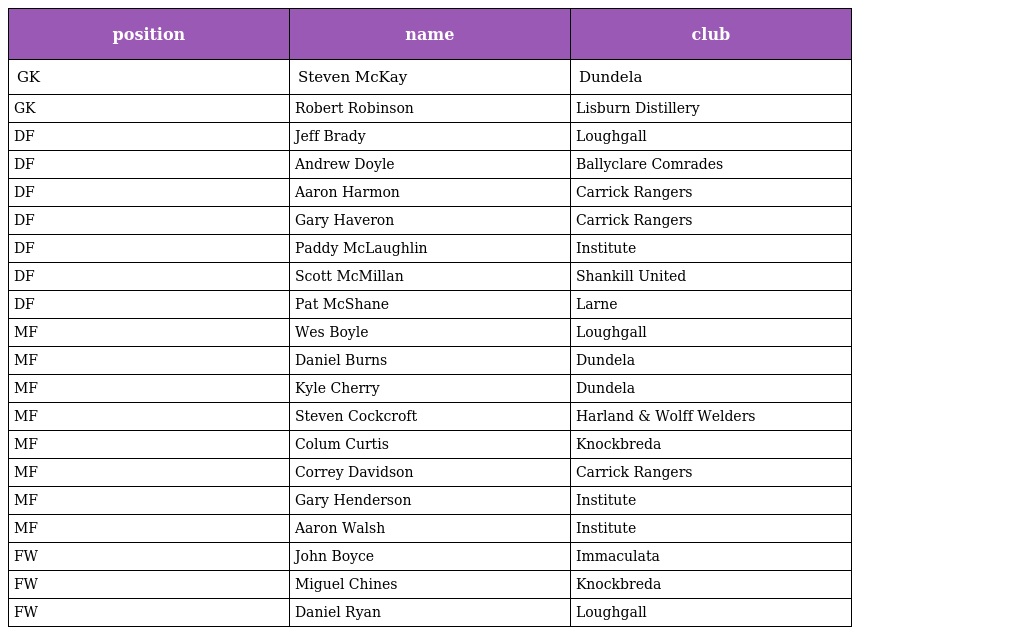
| position | name | club |
 | --- | --- | --- |
 | GK | Steven McKay | Dundela |
 | GK | Robert Robinson | Lisburn Distillery |
 | DF | Jeff Brady | Loughgall |
 | DF | Andrew Doyle | Ballyclare Comrades |
 | DF | Aaron Harmon | Carrick Rangers |
 | DF | Gary Haveron | Carrick Rangers |
 | DF | Paddy McLaughlin | Institute |
 | DF | Scott McMillan | Shankill United |
 | DF | Pat McShane | Larne |
 | MF | Wes Boyle | Loughgall |
 | MF | Daniel Burns | Dundela |
 | MF | Kyle Cherry | Dundela |
 | MF | Steven Cockcroft | Harland & Wolff Welders |
 | MF | Colum Curtis | Knockbreda |
 | MF | Correy Davidson | Carrick Rangers |
 | MF | Gary Henderson | Institute |
 | MF | Aaron Walsh | Institute |
 | FW | John Boyce | Immaculata |
 | FW | Miguel Chines | Knockbreda |
 | FW | Daniel Ryan | Loughgall |